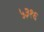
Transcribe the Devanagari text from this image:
५३१६